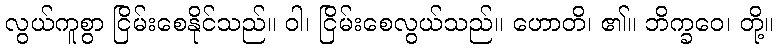
လွယ်ကူစွာ ငြိမ်းစေနိုင်သည်။ ဝါ၊ ငြိမ်းစေလွယ်သည်။ ဟောတိ၊ ၏။ ဘိက္ခဝေ၊ တို့။